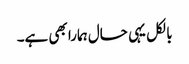
بالکل یہی حال ہمارا بھی ہے۔